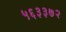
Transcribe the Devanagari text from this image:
५६३३७२